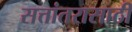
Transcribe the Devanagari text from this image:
सत्तांतरासाठी